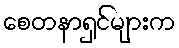
စေတနာရှင်များက